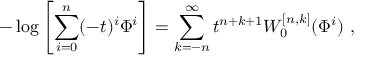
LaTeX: - \log \left[ \sum _ { i = 0 } ^ { n } ( - t ) ^ { i } \Phi ^ { i } \right] = \sum _ { k = - n } ^ { \infty } t ^ { n + k + 1 } W _ { 0 } ^ { [ n , k ] } ( \Phi ^ { i } ) ~ ,